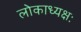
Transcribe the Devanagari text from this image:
लोकाध्यक्षः